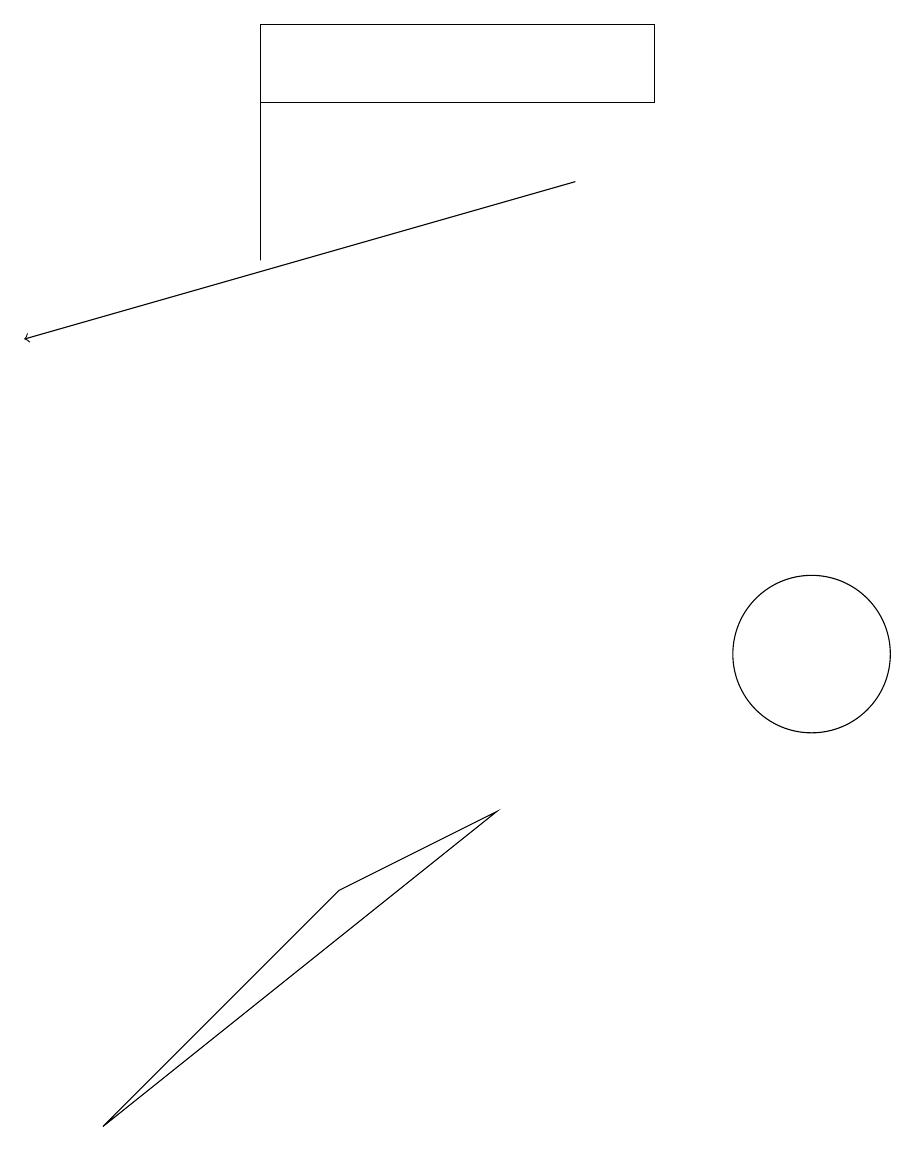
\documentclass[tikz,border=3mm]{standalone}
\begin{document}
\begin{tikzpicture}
\draw (3,16) rectangle (3,19);
\draw (8,19) rectangle (3,18);
\draw[->] (7,17) -- (0,15);
\draw (10,11) circle (1);
\draw (6,9) -- (1,5) -- (4,8) -- cycle;
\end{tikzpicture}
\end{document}